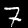
Digit: 7